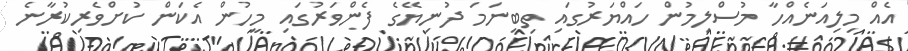
އެއް މިލިއަނެއްހާ މުސްލިމުން ހައްޔަރުގައި ތިބިނަމަ ދުނިޔޭގެ ފެންވަރުގައި މީހުން އެކަން ކުށްވެރިކުރާނެ